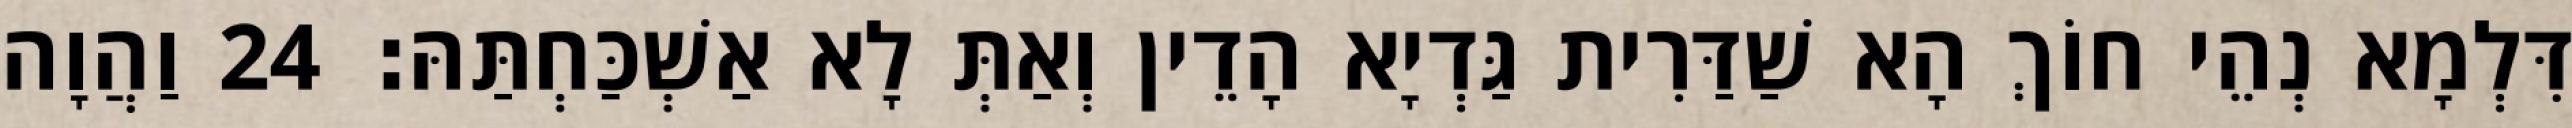
דִּלְמָא נְהֵי חוֹךְ הָא שַׁדַּרִית גַּדְיָא הָדֵין וְאַתְּ לָא אַשְׁכַּחְתַּהּ׃ 24 וַהֲוָה